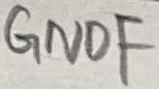
Text: GNDF